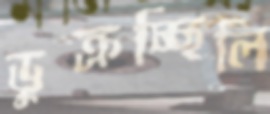
ডুক্‌রচ্ছিলি